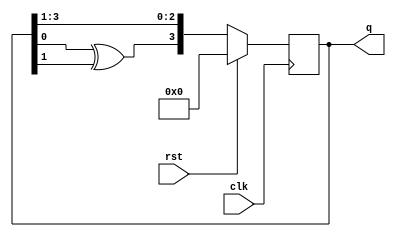
`timescale 1ns / 1ps
module lfsr (q, clk, rst);
input clk, rst;
output reg [0:3]q;
initial 
q=4'b1010;
wire feedback;
assign feedback = q[3] ^ q[2];
always @(posedge clk)
 begin
 if (rst==1)
 q = 4'b0000;
 else
q = {feedback , q[0],q[1],q[2]};
end
endmodule